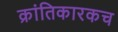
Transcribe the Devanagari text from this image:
क्रांतिकारकच